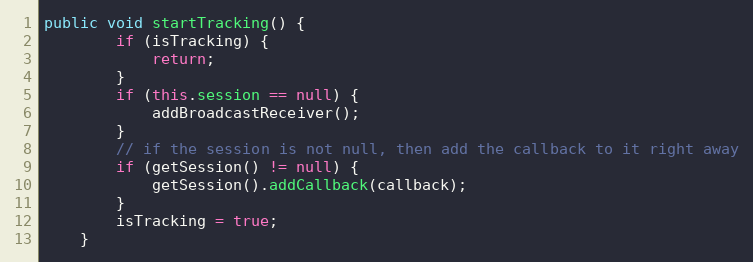
Language: Java
public void startTracking() {
        if (isTracking) {
            return;
        }
        if (this.session == null) {
            addBroadcastReceiver();
        }
        // if the session is not null, then add the callback to it right away
        if (getSession() != null) {
            getSession().addCallback(callback);
        }
        isTracking = true;
    }